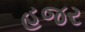
હજર